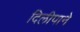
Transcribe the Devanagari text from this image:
दिलीपाने